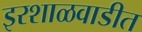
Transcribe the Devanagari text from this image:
इरशाळवाडीत